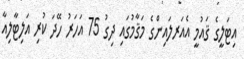
އިޓަލީގެ ޤައުމީ އެއަރލައިންގެ މަޤާމުގައި ދިގު 75 އަހަރު ހޭދަ ކުރި އަލިޓާލިއާ